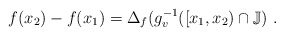
\begin{align*}f(x_2)-f(x_1) = \Delta_f(g^{-1}_v([x_1, x_2)\cap {\mathbb J})\ .\end{align*}